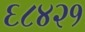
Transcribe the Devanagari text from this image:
६८४२१